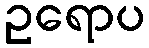
ဥရောပ